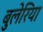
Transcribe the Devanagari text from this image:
बुलेरिया